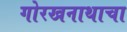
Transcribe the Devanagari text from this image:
गोरखनाथाचा